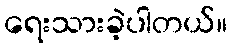
ရေးသားခဲ့ပါတယ်။